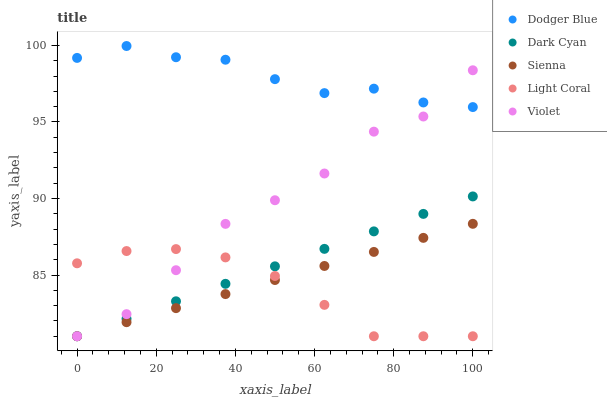
| xaxis_label | Dodger Blue | Dark Cyan | Sienna | Light Coral | Violet |
 | --- | --- | --- | --- | --- | --- |
 | 0 | 99.2 | 81 | 81 | 85.8 | 81 |
 | 12.5 | 100 | 82.1 | 81.9 | 86.6 | 82.4 |
 | 25 | 99.2 | 83.3 | 82.8 | 86.7 | 85.3 |
 | 37.5 | 99.1 | 84.4 | 83.8 | 86.2 | 88.3 |
 | 50 | 97.8 | 85.6 | 84.7 | 84.9 | 89.9 |
 | 62.5 | 96.9 | 86.7 | 85.6 | 83.1 | 91.6 |
 | 75 | 97.2 | 87.9 | 86.5 | 81 | 94.4 |
 | 87.5 | 96.3 | 89 | 87.4 | 81 | 95.4 |
 | 100 | 96 | 90.1 | 88.3 | 81 | 98.4 |